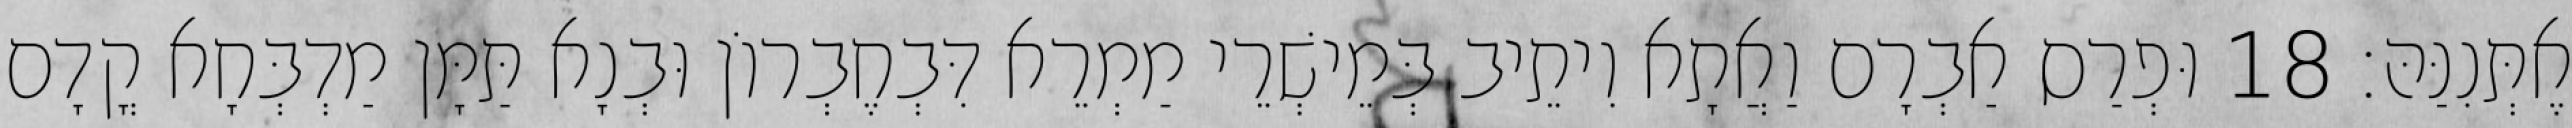
אֶתְּנִנַּהּ׃ 18 וּפְרַס אַבְרָם וַאֲתָא וִיתֵיב בְּמֵישְׁרֵי מַמְרֵא דִּבְחֶבְרוֹן וּבְנָא תַּמָּן מַדְבְּחָא קֳדָם